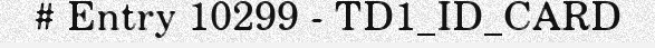
# Entry 10299 - TD1_ID_CARD